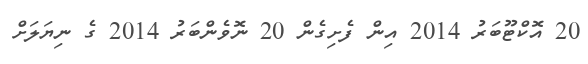
20 އޮކްޓޫބަރު 2014 އިން ފެށިގެން 20 ނޮވެންބަރު 2014 ގެ ނިޔަލަށް